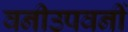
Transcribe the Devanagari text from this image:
वनीउपवनीं